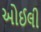
ઓઈલી